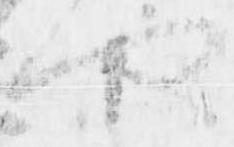
や